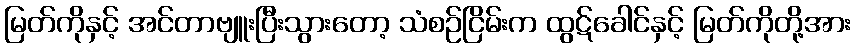
မြတ်ကိုနှင့် အင်တာဗျူးပြီးသွားတော့ သံစဉ်ငြိမ်းက ထွဋ်ခေါင်နှင့် မြတ်ကိုတို့အား